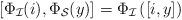
LaTeX: \begin{align*}\left[\Phi_\mathcal{I}(i), \Phi_\mathcal{S}(y)\right]= \Phi_\mathcal{I}\left([i, y]\right)\end{align*}